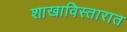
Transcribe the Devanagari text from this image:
शाखाविस्तारात